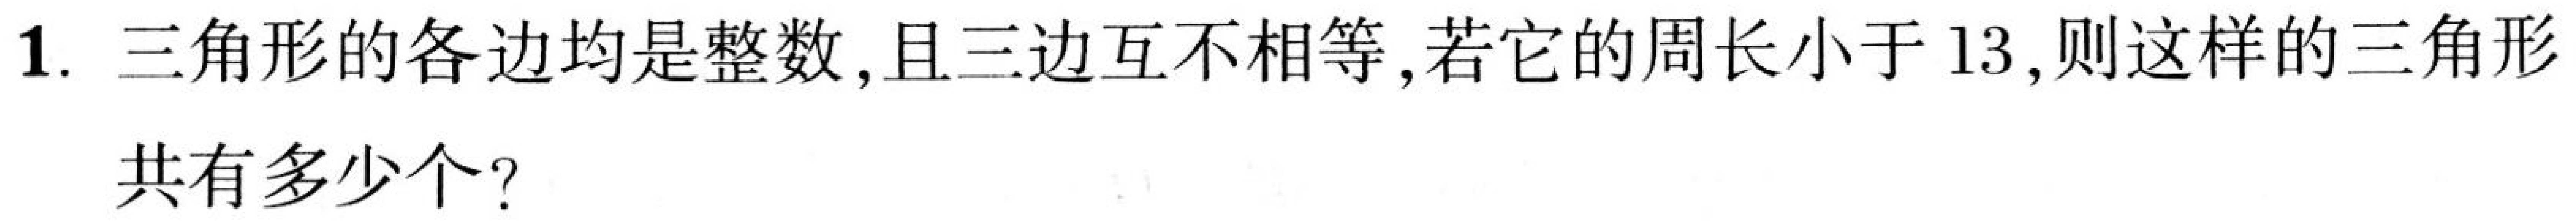
1. 三角形的各边均是整数,且三边互不相等,若它的周长小于13,则这样的三角形
共有多少个？